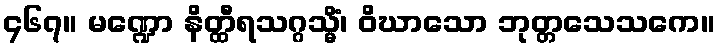
၄၆၇။ မဏ္ဍော နိတ္ထီရသဂ္ဂသ္မိံ၊ ဝိဃာသော ဘုတ္တသေသကေ။